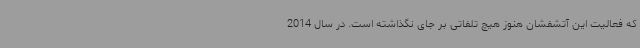
که فعالیت این آتشفشان هنوز هیچ تلفاتی بر جای نگذاشته است. در سال 2014